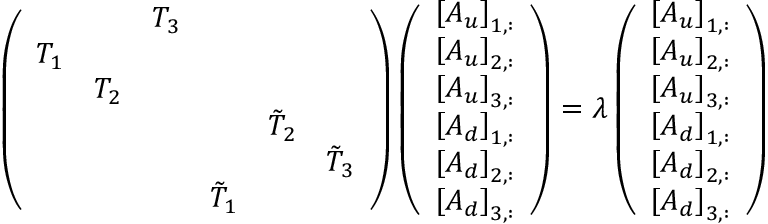
\left( \begin{array} { l l l l l l } & & { T _ { 3 } } & & & \\ { T _ { 1 } } & & & & & \\ & { T _ { 2 } } & & & & \\ & & & & { \tilde { T } _ { 2 } } & \\ & & & & & { \tilde { T } _ { 3 } } \\ & & & { \tilde { T } _ { 1 } } & & \end{array} \right) \left( \begin{array} { l } { \left[ A _ { u } \right] _ { 1 , : } } \\ { \left[ A _ { u } \right] _ { 2 , : } } \\ { \left[ A _ { u } \right] _ { 3 , : } } \\ { \left[ A _ { d } \right] _ { 1 , : } } \\ { \left[ A _ { d } \right] _ { 2 , : } } \\ { \left[ A _ { d } \right] _ { 3 , : } } \end{array} \right) = \lambda \left( \begin{array} { l } { \left[ A _ { u } \right] _ { 1 , : } } \\ { \left[ A _ { u } \right] _ { 2 , : } } \\ { \left[ A _ { u } \right] _ { 3 , : } } \\ { \left[ A _ { d } \right] _ { 1 , : } } \\ { \left[ A _ { d } \right] _ { 2 , : } } \\ { \left[ A _ { d } \right] _ { 3 , : } } \end{array} \right)